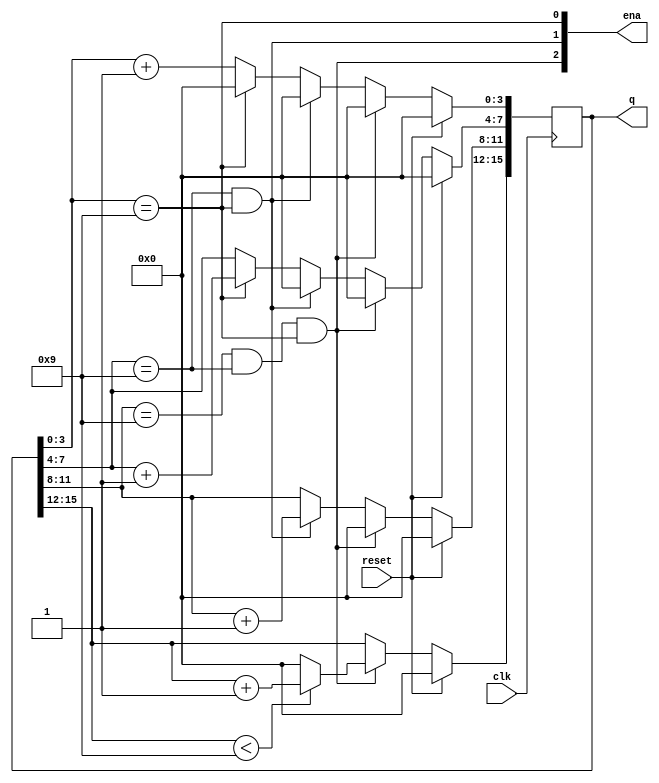
module top_module (
    input clk,
    input reset,   // Synchronous active-high reset
    output [3:1] ena,
    output [15:0] q);
	
    always@(posedge clk) begin 
        if (reset) begin 
        	q <=16'd0;
        end 
        else begin
            q[3:0] <= q[3:0] + 4'd1;
            if(ena[1]) begin
                q[3:0] <= 4'd0;
                q[7:4] <= q[7:4] + 4'd1;
            end
            if(ena[2]) begin 
            	q[3:0] <= 4'd0;
                q[7:4] <= 4'd0;
                q[11:8] <= q[11:8] + 4'd1;
            end
            if(ena[3]) begin 
            	q[3:0] <= 4'd0;
                q[7:4] <= 4'd0;
                q[11:8] <= 4'd0;
                q[15:12] <= (q[15:12]<9) ? q[15:12]+ 4'd1 : 4'd0;
            end
        end
            
    end
    assign ena[1] = q[3:0]==4'd9;
    assign ena[2] = (q[7:4]==4'd9)&&(q[3:0]==4'd9);
    assign ena[3] = (q[11:8]==4'd9)&&(q[7:4]==4'd9)&&(q[3:0]==4'd9);
    
endmodule